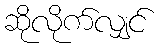
ဆိုလိုက်လျှင်